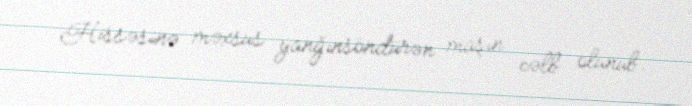
Hissəsinə məxsus yanğınsöndürən maşın cəlb olunub.